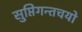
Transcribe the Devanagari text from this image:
सुप्तिंगन्तचयो